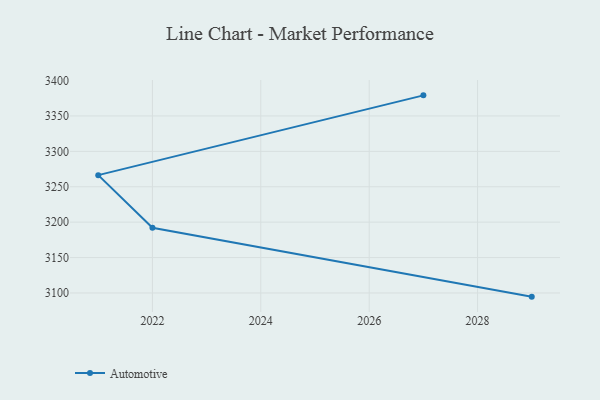
{"axis": {"x": "Year", "y": "Website Visitors"}, "legend": ["Automotive"], "data": [{"x": "2029", "y": 3094.8, "type": "Automotive"}, {"x": "2022", "y": 3192.0, "type": "Automotive"}, {"x": "2021", "y": 3266.4, "type": "Automotive"}, {"x": "2027", "y": 3379.1, "type": "Automotive"}]}